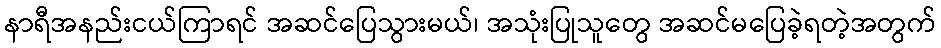
နာရီအနည်းငယ်ကြာရင် အဆင်ပြေသွားမယ်၊ အသုံးပြုသူတွေ အဆင်မပြေခဲ့ရတဲ့အတွက်